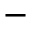
-